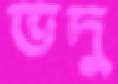
ভদু